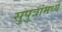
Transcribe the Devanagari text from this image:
सुपुत्रांमध्ये